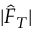
| \hat { F } _ { T } |